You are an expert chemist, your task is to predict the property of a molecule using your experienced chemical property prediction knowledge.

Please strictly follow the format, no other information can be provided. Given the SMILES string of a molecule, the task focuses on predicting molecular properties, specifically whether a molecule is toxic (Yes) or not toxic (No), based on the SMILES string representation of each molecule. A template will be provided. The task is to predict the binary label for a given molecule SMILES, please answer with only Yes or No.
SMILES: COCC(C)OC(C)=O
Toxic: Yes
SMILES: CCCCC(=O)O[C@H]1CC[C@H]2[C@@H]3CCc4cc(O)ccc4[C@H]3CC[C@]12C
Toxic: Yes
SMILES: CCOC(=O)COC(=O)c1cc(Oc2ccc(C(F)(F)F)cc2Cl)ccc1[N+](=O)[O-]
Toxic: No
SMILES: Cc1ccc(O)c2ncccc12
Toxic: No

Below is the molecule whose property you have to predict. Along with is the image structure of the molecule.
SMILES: CC(C)(C)C(=O)Oc1ccc(S(=O)(=O)Nc2ccccc2C(=O)NCC(=O)[O-])cc1
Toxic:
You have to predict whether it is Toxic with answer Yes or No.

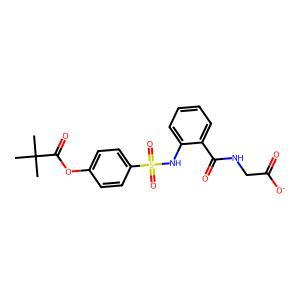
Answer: Yes